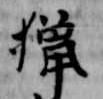
猟